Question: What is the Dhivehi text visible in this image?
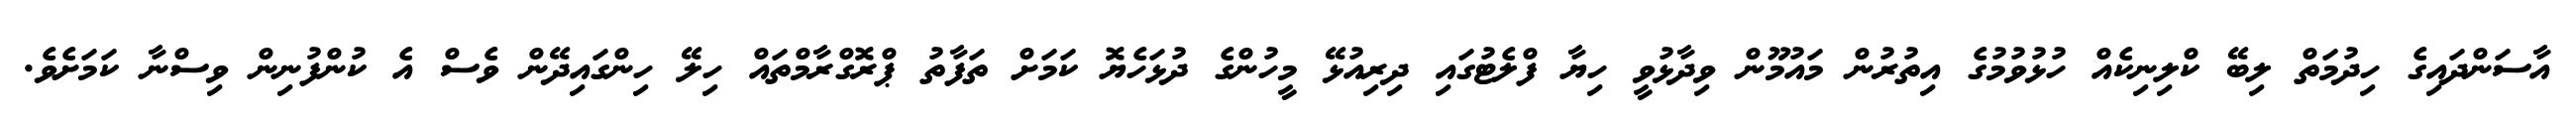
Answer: އާސަންދައިގެ ހިދުމަތް ލިބޭ ކްލިނިކެއް ހުޅުވުމުގެ އިތުރުން މައުމޫން ވިދާޅުވީ ހިޔާ ފްލެޓުގައި ދިރިއުޅޭ މީހުންގެ ދުޅަހެޔޮ ކަމަށް ތަފާތު ޕްރޮގްރާމްތައް ހިލޭ ހިންގައިދޭން ވެސް އެ ކުންފުނިން ވިސްނާ ކަމަށެވެ.